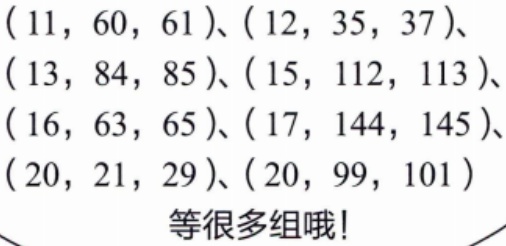
$(11, 60, 61)、(12, 35, 37)、(13, 84, 85)、(15, 112, 113)、(16, 63, 65)、(17, 144, 145)、(20, 21, 29)、(20, 99, 101)$ 等很多组哦!